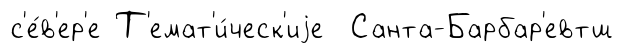
с'е́в'ер'е Т'емат'и́ческ'иjе Санта-Барбар'евтш